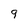
Character: 9